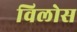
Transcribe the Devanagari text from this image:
विलोस